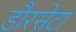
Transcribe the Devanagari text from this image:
डौरसेटा